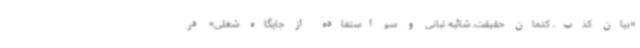
«بیان کذب، کتمان حقیقت، شائبه تبانی و سو استفاده از جایگاه شغلی» در